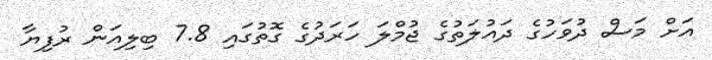
އަށް މަސް ދުވަހުގެ ދައުލަތުގެ ޖުމްލަ ހަރަދުގެ ގޮތުގައި 7.8 ބިލިއަން ރުފިޔާ